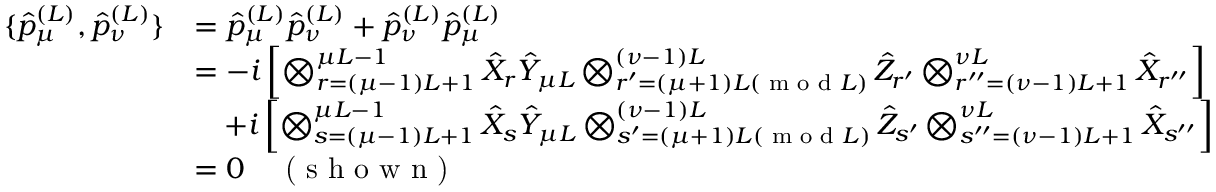
\begin{array} { r l } { \{ \hat { p } _ { \mu } ^ { ( L ) } , \hat { p } _ { \nu } ^ { ( L ) } \} } & { = \hat { p } _ { \mu } ^ { ( L ) } \hat { p } _ { \nu } ^ { ( L ) } + \hat { p } _ { \nu } ^ { ( L ) } \hat { p } _ { \mu } ^ { ( L ) } } \\ & { = - i \left[ \bigotimes _ { r = ( \mu - 1 ) L + 1 } ^ { \mu L - 1 } \hat { X } _ { r } \hat { Y } _ { \mu L } \bigotimes _ { r ^ { \prime } = ( \mu + 1 ) L ( \textrm { m o d } L ) } ^ { ( \nu - 1 ) L } \hat { Z } _ { r ^ { \prime } } \bigotimes _ { r ^ { \prime \prime } = ( \nu - 1 ) L + 1 } ^ { \nu L } \hat { X } _ { r ^ { \prime \prime } } \right] } \\ & { \quad + i \left[ \bigotimes _ { s = ( \mu - 1 ) L + 1 } ^ { \mu L - 1 } \hat { X } _ { s } \hat { Y } _ { \mu L } \bigotimes _ { s ^ { \prime } = ( \mu + 1 ) L ( \textrm { m o d } L ) } ^ { ( \nu - 1 ) L } \hat { Z } _ { s ^ { \prime } } \bigotimes _ { s ^ { \prime \prime } = ( \nu - 1 ) L + 1 } ^ { \nu L } \hat { X } _ { s ^ { \prime \prime } } \right] } \\ & { = 0 \quad \textrm { ( s h o w n ) } } \end{array}